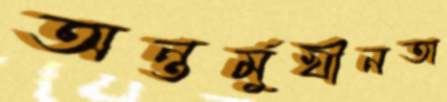
অন্তর্মুখীনতা